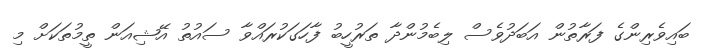
ބައިވެރިންގެ ފަރާތުން އަބަދުވެސް ލިބެމުންދާ ތަރުހީބު ފާހަގަކުރައްވާ ސައުތު އޭޝިއަން ތީމުތަކަށް މި